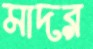
মাদর